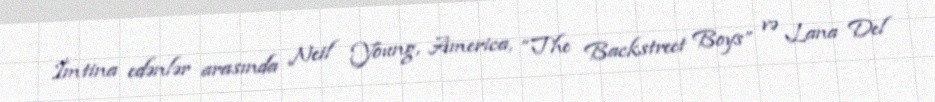
İmtina edənlər arasında Neil Young, America, “The Backstreet Boys” və Lana Del